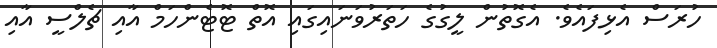
ހުރަސް އެޅިފައެވެ. އެގޮތުން ލީގުގެ ހަތަރުވަނައިގައި އޮތް ޓޮޓެންހަމް އާއި ޗެލްސީ އާއި